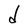
Character: d